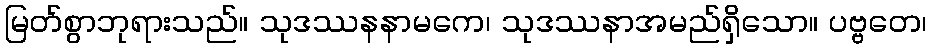
မြတ်စွာဘုရားသည်။ သုဒဿနနာမကေ၊ သုဒဿနာအမည်ရှိသော။ ပဗ္ဗတေ၊